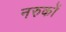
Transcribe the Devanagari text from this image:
नरुकों